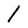
Character: 1